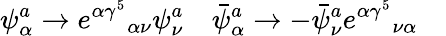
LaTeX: \psi_{\alpha}^{a}\to{e^{\alpha\gamma^{5}}}_{\alpha\nu}\psi_{\nu}^{a}\quad\bar{\psi}_{\alpha}^{a}\to-\bar{\psi}_{\nu}^{a}{e^{\alpha\gamma^{5}}}_{\nu\alpha}\quad